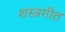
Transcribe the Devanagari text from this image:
शस्त्रगीत